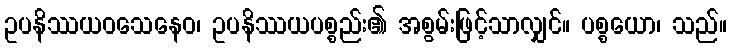
ဥပနိဿယဝသေနေဝ၊ ဥပနိဿယပစ္စည်း၏ အစွမ်းဖြင့်သာလျှင်။ ပစ္စယော၊ သည်။